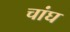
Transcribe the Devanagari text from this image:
चांघ